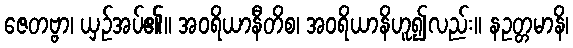
ဇေတဗ္ဗာ၊ ယှဉ်အပ်၏။ အဝရိယာနီတိစ၊ အဝရိယာနိဟူ၍လည်း။ နဥတ္တမာနိ၊